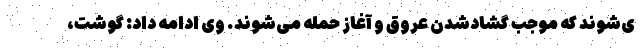
ی‌شوند که موجب گشادشدن عروق و آغاز حمله می‌شوند. وی ادامه داد: گوشت،